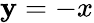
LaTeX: \mathbf{y}=-x